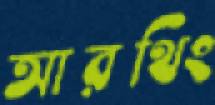
আরথিং